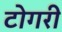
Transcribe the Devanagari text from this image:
टोगरी